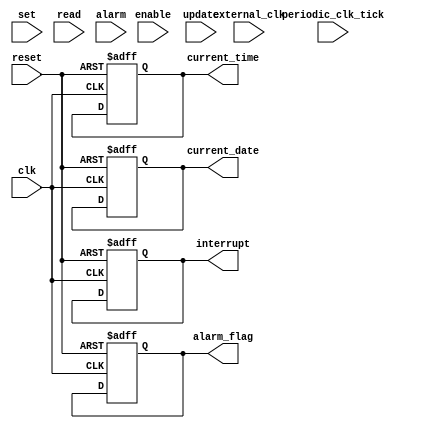
module RTC(
  input clk,
  input reset,
  input enable,
  input set,
  input update,
  input read,
  input alarm,
  input periodic_clk_tick,
  input external_clk,
  output reg interrupt,
  output reg alarm_flag,
  output reg [31:0] current_time,
  output reg [31:0] current_date
);

reg [31:0] RTC_register;
reg [3:0] state = 0;

always @(posedge clk or posedge reset) begin
  if (reset) begin
    state <= 0;
    RTC_register <= 32'b0;
    interrupt <= 0;
    alarm_flag <= 0;
    current_time <= 32'b0;
    current_date <= 32'b0;
  end else begin
    case (state)
      0: begin
        if (enable) state <= 1;
      end
      1: begin
        if (set) state <= 2;
        else if (update) state <= 3;
        else if (read) state <= 4;
        else if (alarm) state <= 5;
        else if (periodic_clk_tick) state <= 6;
        else if (external_clk) state <= 7;
      end
      2: begin
        // logic to set RTC values
        state <= 1;
      end
      3: begin
        // logic to update RTC values
        state <= 1;
      end
      4: begin
        // logic to read RTC values
        state <= 1;
      end
      5: begin
        // logic to handle alarms
        state <= 1;
      end
      6: begin
        // logic for periodic clock ticks
        state <= 1;
      end
      7: begin
        // logic for external clock synchronization
        state <= 1;
      end
    endcase
  end
end

endmodule